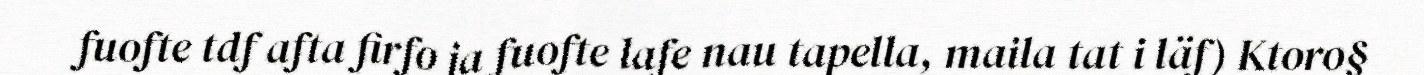
fuofte tdf afta firfo ja fuofte lafe nau tapella, maila tat i läf) Ktoro§